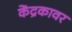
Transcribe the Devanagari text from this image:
केंद्रकावर